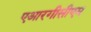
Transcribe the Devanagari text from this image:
एआरगीसीएम